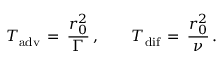
T _ { \mathrm { a d v } } \, = \, \frac { r _ { 0 } ^ { 2 } } { \Gamma } \, , \qquad T _ { \mathrm { d i f } } \, = \, \frac { r _ { 0 } ^ { 2 } } { \nu } \, .